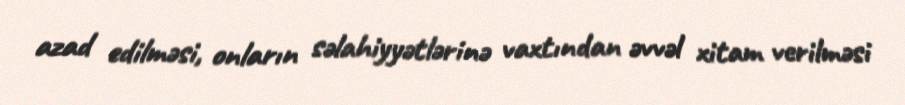
azad edilməsi, onların səlahiyyətlərinə vaxtından əvvəl xitam verilməsi